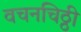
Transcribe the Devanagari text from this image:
वचनचिठ्ठी